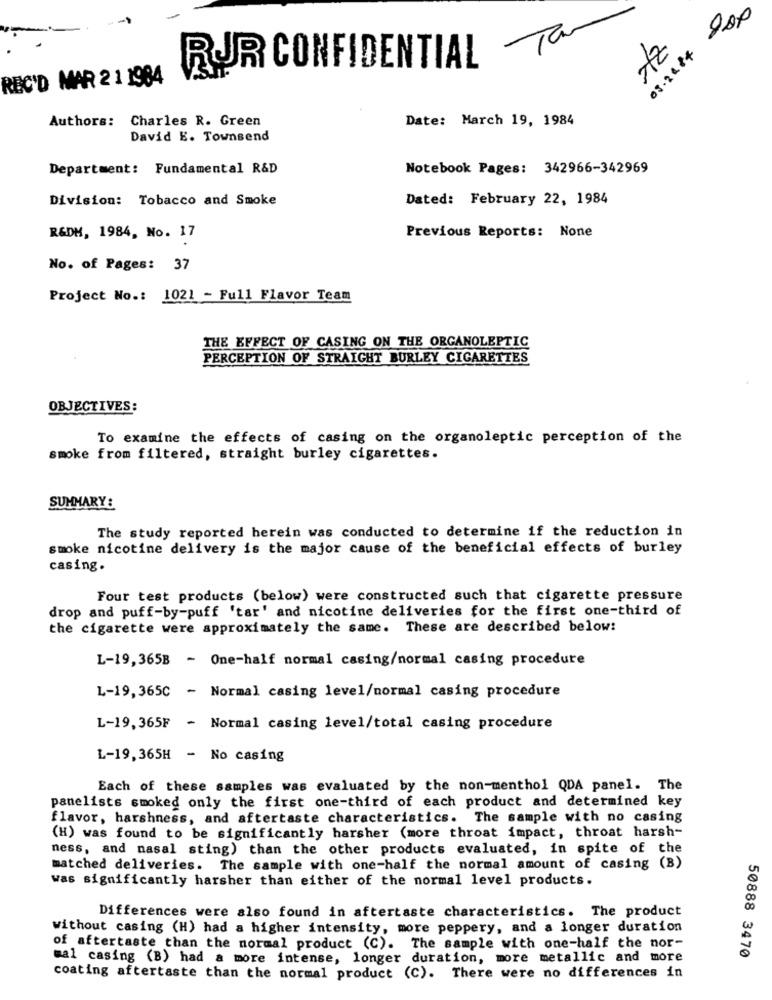
03.2084
RUR CONFIDENTIAL
REC'D MAR 2 1 1984
Authors:
Charles R. Green
Date: March 19, 1984
David E. Townsend
Department: Fundamental R&D
Notebook Pages: 342966-342969
Division: Tobacco and Smoke
Dated: February 22, 1984
Previous Reports: None
R&DM, 1984, No. 17
No. of Pages: 37
Project No .: 1021 - Full Flavor Team
THE EFFECT OF CASING ON THE ORGANOLEPTIC
PERCEPTION OF STRAIGHT BURLEY CIGARETTES
OBJECTIVES:
To examine the effects of casing on the organoleptic perception of the
smoke from filtered, straight burley cigarettes.
SUMMARY :
The study reported herein was conducted to determine if the reduction in
smoke nicotine delivery is the major cause of the beneficial effects of burley
casing.
Four test products (below) were constructed such that cigarette pressure
drop and puff-by-puff 'tar' and nicotine deliveries for the first one-third of
the cigarette were approximately the same. These are described below:
L-19,365B - One-half normal casing/normal casing procedure
L-19,365C - Normal casing level/normal casing procedure
L-19,365F - Normal casing level/total casing procedure
L-19,365H - No casing
Each of these samples was evaluated by the non-menthol QDA panel. The
panelists smoked only the first one-third of each product and determined key
flavor, harshness, and aftertaste characteristics. The sample with no casing
(H) was found to be significantly harsher (more throat impact, throat harsh-
ness, and nasal sting) than the other products evaluated, in spite of the
matched deliveries. The sample with one-half the normal amount of casing (B)
was significantly harsher than either of the normal level products.
Differences were also found in aftertaste characteristics. The product
without casing (H) had a higher intensity, more peppery, and a longer duration
of aftertaste than the normal product (C). The sample with one-half the nor-
mal casing (B) had a more intense, longer duration, more metallic and more
50888 3470
coating aftertaste than the normal product (C). There were no differences in